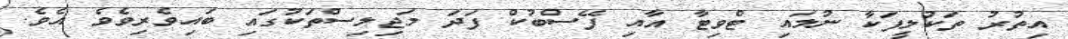
އިތުރު ތަކުލީފަކާ ނުލައި ޓްވިޓާ އާއި ފޭސްބުކް ފަދަ މަޖިލިސްތަކުގައި ބައިވެރިވެވެ އެވެ.